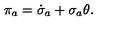
\pi _ { a } = \dot { \sigma } _ { a } + \sigma _ { a } \theta .